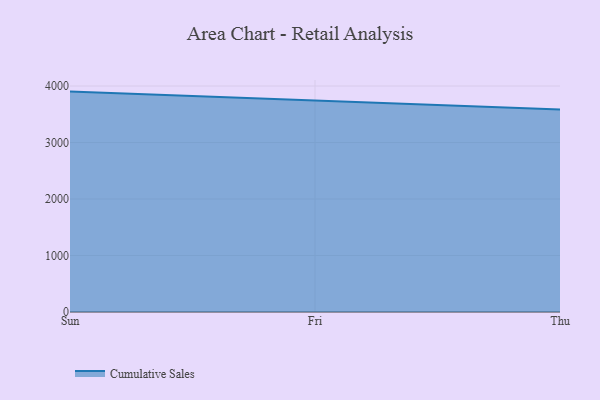
{"axis": {"x": "Day", "y": "Market Share (%)"}, "legend": ["Cumulative Sales"], "data": [{"x": "Sun", "y": 3901.4, "type": "Cumulative Sales"}, {"x": "Fri", "y": 3740.3, "type": "Cumulative Sales"}, {"x": "Thu", "y": 3582.8, "type": "Cumulative Sales"}]}